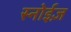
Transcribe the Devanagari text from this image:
स्नोईज़